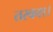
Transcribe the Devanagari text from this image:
तरकश।